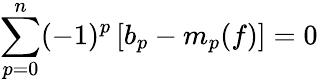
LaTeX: \sum_{p=0}^{n}(-1)^{p}\left[b_{p}-m_{p}(f)\right]=0